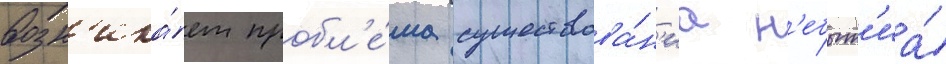
возн'ика́ет пробл'е́ма существова́н'иа н'ебыт'иа́